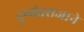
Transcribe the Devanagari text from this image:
दुष्यंतराजाने